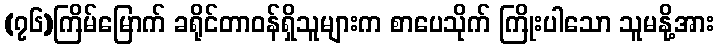
(၇၆)ကြိမ်မြောက် ခရိုင်တာဝန်ရှိသူများက စာပေသိုက် ကြိုးပါသော သူမနို့အား